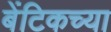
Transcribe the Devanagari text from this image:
बेंटिकच्या